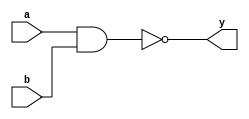
// Code for nand_gate  
module nand_gate(
  input a,
  input b,
  output y
);
  nand(y,a,b);
endmodule